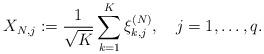
LaTeX: \begin{align*}X_{N,j}:=\dfrac{1}{\sqrt{K}}\sum_{k=1}^K\xi_{k,j}^{(N)},~~~j=1,\ldots,q.\end{align*}